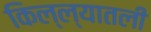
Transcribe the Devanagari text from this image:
किल्ल्यातली